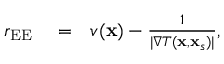
\begin{array} { r l r } { r _ { \mathrm { E E } } } & { { } = } & { v ( \mathbf { x } ) - \frac { 1 } { | \nabla T ( \mathbf { x } , \mathbf { x } _ { s } ) | } , } \end{array}